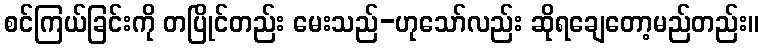
စင်ကြယ်ခြင်းကို တပြိုင်တည်း မေးသည်-ဟုသော်လည်း ဆိုရချေတော့မည်တည်း။